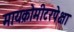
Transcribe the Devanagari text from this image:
मायक्रोमीटरपेक्षा